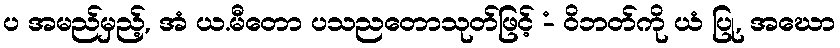
ပ အမည်မှည့်, အံ ယ.မီတော ပသညတောသုတ်ဖြင့် -ံ ဝိဘတ်ကို ယံ ပြု, အဃော